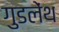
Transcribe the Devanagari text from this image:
गुडलेंथ